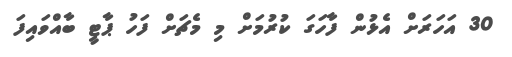
30 އަހަރަށް އެޅުން ފާހަގަ ކުރުމަށް މި މެޗަށް ފަހު ޕާޓީ ބާއްވައިފަ